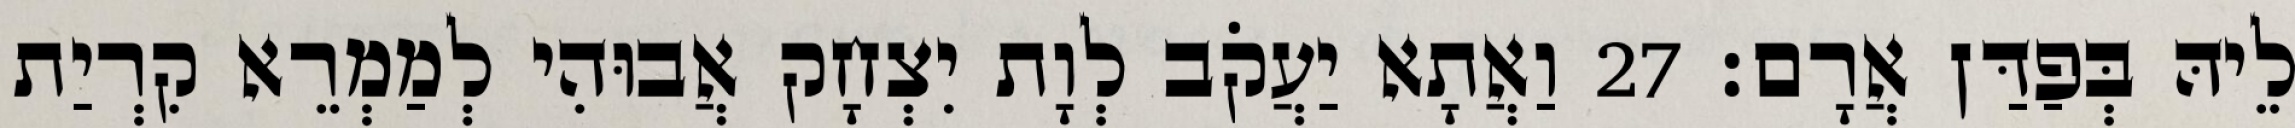
לֵיהּ בְּפַדַּן אֲרָם׃ 27 וַאֲתָא יַעֲקֹב לְוָת יִצְחָק אֲבוּהִי לְמַמְרֵא קִרְיַת